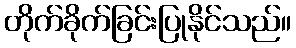
တိုက်ခိုက်ခြင်းပြုနိုင်သည်။